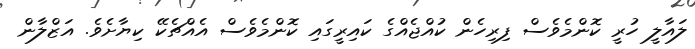
ލައާލީ ހުރީ ކޮންމެވެސް ފިރިހެން ކުއްޖެއްގެ ކައިރީގައި ކޮންމެވެސް އެއްޗެކޭ ކިޔާށެވެ. އަޒްލާން